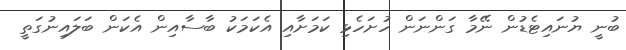
ބުނީ ޔުނައިޓެޑުން ނޭމާ ގަންނަން ހުށަހެޅި ކަމަށާއި އެކަމަކު ބާސާއިން އެކަން ބަލައިނުގަތީ